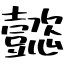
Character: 懿